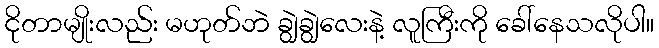
ငိုတာမျိုးလည်း မဟုတ်ဘဲ ချွဲချွဲလေးနဲ့ လူကြီးကို ခေါ်နေသလိုပါ။